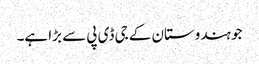
جو ہندوستان کے جی ڈی پی سے بڑا ہے۔